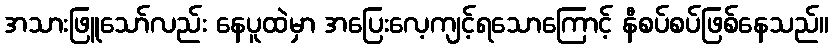
အသားဖြူသော်လည်း နေပူထဲမှာ အပြေးလေ့ကျင့်ရသောကြောင့် နီစပ်စပ်ဖြစ်နေသည်။